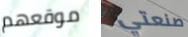
موقعهم صنعتي